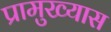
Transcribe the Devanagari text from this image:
प्रामुख्यास